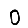
Digit: 0